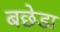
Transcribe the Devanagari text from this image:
बछेडा